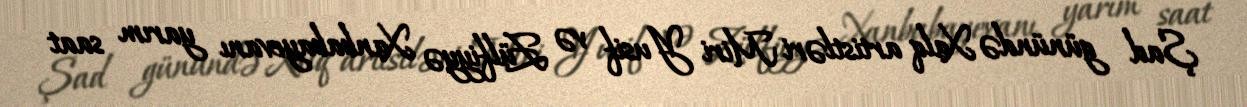
Şad günündə Xalq artistləri Miri Yusif və Zülfiyyə Xanbabayevanı yarım saat